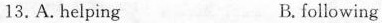
13.A.helping B.following